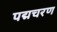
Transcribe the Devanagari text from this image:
पद्मचरण